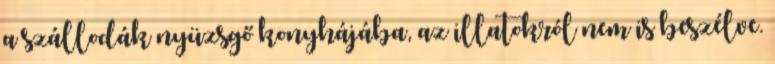
a szállodák nyüzsgő konyhájába, az illatokról nem is beszélve.